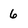
Character: 6